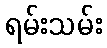
ရမ်းသမ်း